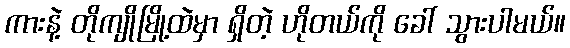
ကားနဲ့ တိုကျိုမြို့ထဲမှာ ရှိတဲ့ ဟိုတယ်ကို ခေါ် သွားပါမယ်။